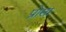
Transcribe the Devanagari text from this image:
प्रोसा